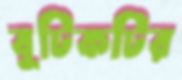
বুটিকটির